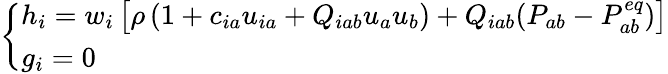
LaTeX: \left\{ \begin{array}{ll}{h_{i}=w_{i}\left[\rho\left(1+c_{ia}u_{ia}+Q_{iab}u_{a}u_{b}\right)+Q_{iab}(P_{ab}-P_{ab}^{eq})\right]}\\ {g_{i}=0}\end{array}\right.